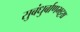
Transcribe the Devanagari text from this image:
सुबंधुर्बाणभट्टश्च